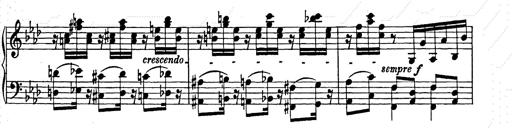
Title: Weinen, Klagen, Sorgen, Zagen
Composer: Franz Liszt